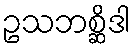
ဥသဘစ္ဆိဒါ